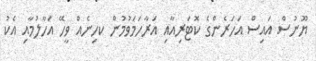
ޔޫނުސް އައިސް އަހަރެންގެ ކޮޓަރިއާއި އަރާހަމަވުމުން ކހިނެއް ވީހޭ އަހާލުމާއި އެކު